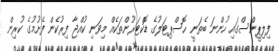
ފިލިޕީންސްގައި ހުންނަ ބެތަނީ ހޮސްޕިޓަލުގެ ޑޮކްޓަރުންތަކެއް މިވަނި ކުއްޖާ ފިރުކެން ފެށުމުގެ ކުރިން